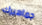
جماهيرك